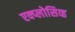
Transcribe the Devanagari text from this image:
एक्प्लोसिव्ह